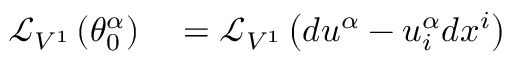
\begin{array} { r l } { { \mathcal { L } } _ { V ^ { 1 } } \left( \theta _ { 0 } ^ { \alpha } \right) } & { { } = { \mathcal { L } } _ { V ^ { 1 } } \left( d u ^ { \alpha } - u _ { i } ^ { \alpha } d x ^ { i } \right) } \end{array}